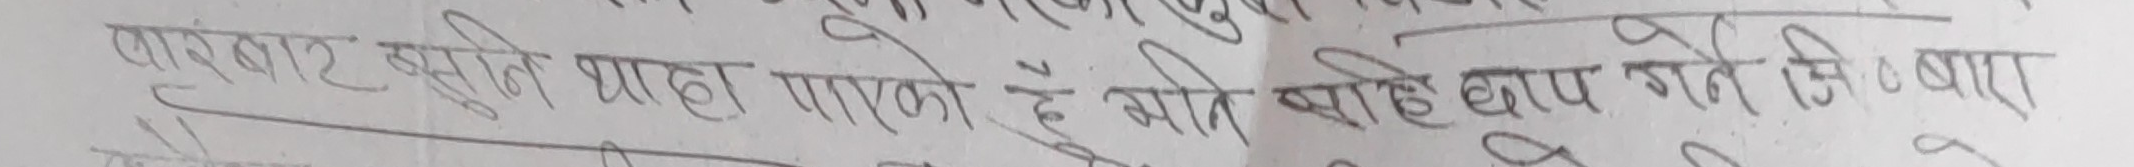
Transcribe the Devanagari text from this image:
पारबाट बस्ने ग्राह पाको छ अनि साहे बाप गर्ने मि चारा